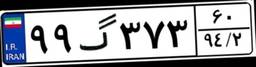
۶۹گ۲۰۹۶۱